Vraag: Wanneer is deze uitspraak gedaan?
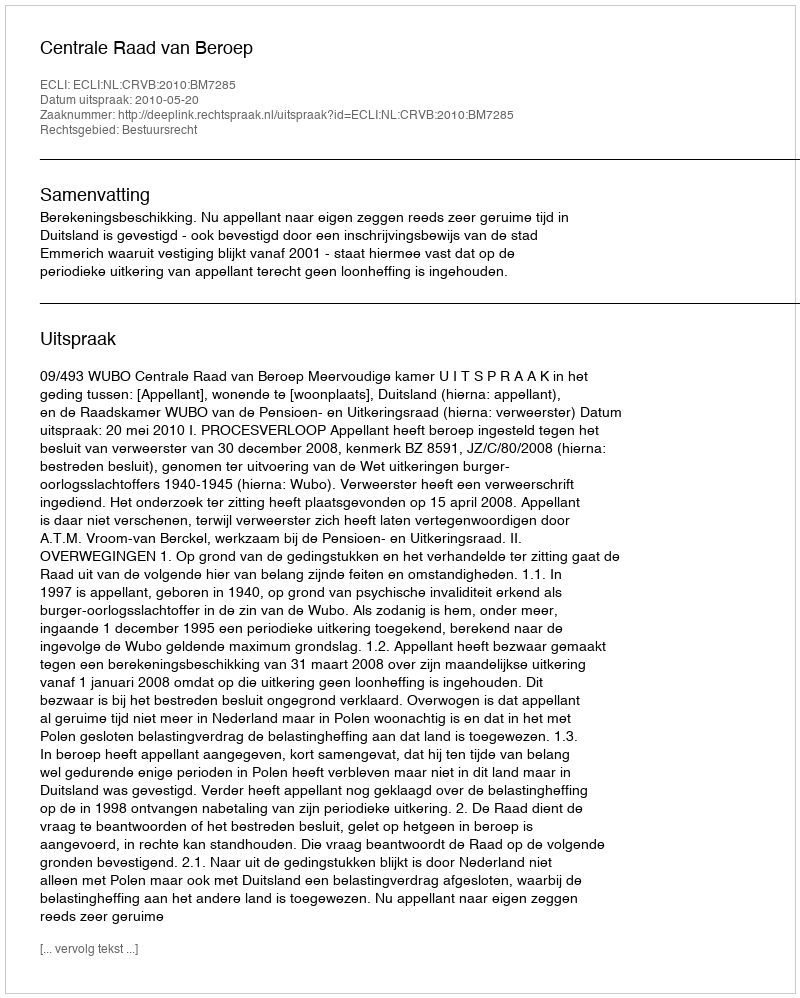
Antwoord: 2010-05-20